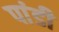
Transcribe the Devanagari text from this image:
पांडी